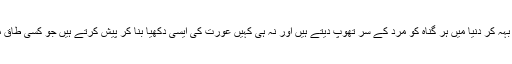
وہ نہ تو ببانگ دہل کسی تانیثی رو میں بہہ کر دنیا میں ہر گناہ کو مرد کے سر تھوپ دیتے ہیں اور نہ ہی کہیں عورت کی ایسی دکھیا بنا کر پیش کرتے ہیں جو کسی طاق میں رکھے دیے کی طرح گھُل رہی ہو۔